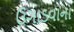
ઉગાડવાના